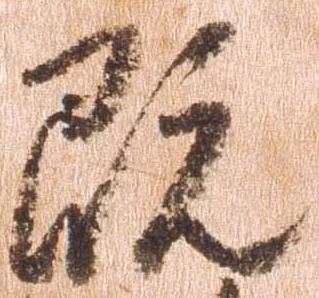
既